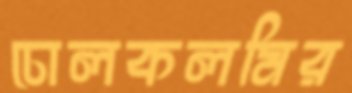
ঢোলকলমির